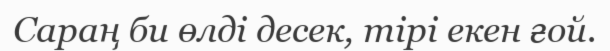
Сараң би өлді десек, тірі екен ғой.